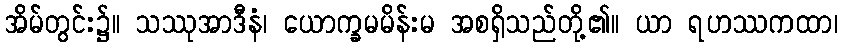
အိမ်တွင်း၌။ သဿုအာဒီနံ၊ ယောက္ခမမိန်းမ အစရှိသည်တို့၏။ ယာ ရဟဿကထာ၊